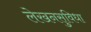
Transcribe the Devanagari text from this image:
लेखनसुविधा